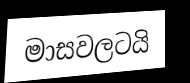
මාසවලටයි